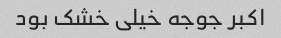
اکبر جوجه خیلی خشک بود